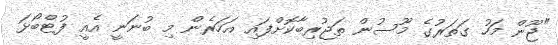
"ޖޫން މަހު ގަތަރުގެ މޫސުން ތަޖުރިބާކޮށްފައި އަހަރެން މި ބުނަނީ އެއީ ފުޓްބޯޅަ